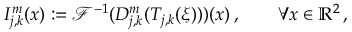
I _ { j , k } ^ { m } ( \boldsymbol { x } ) : = \mathcal { F } ^ { - 1 } ( D _ { j , k } ^ { m } ( T _ { j , k } ( \boldsymbol { \xi } ) ) ) ( \boldsymbol { x } ) \, , \qquad \forall \boldsymbol { x } \in \mathbb { R } ^ { 2 } \, ,